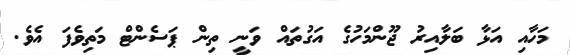
މަހާއި އަޅާ ބަލާއިރު ޖޫންމަހުގެ އަގުތައް ވަނީ ތިން ޕަސެންޓް މަތިވެފަ އެވެ.